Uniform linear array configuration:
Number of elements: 48
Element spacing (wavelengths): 0.5
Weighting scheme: hamming
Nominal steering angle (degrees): -60
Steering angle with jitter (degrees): -61.749
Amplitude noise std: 0.05
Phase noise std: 0.05

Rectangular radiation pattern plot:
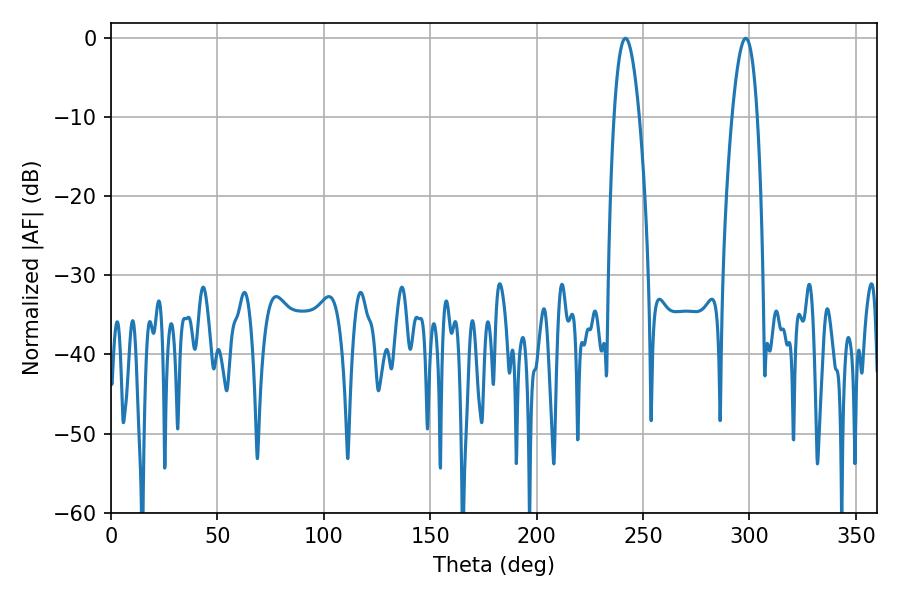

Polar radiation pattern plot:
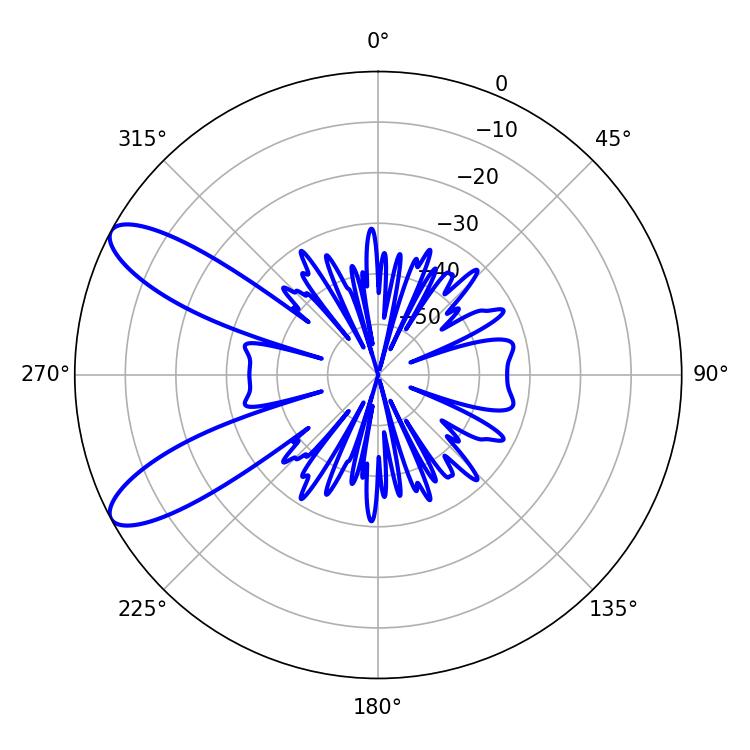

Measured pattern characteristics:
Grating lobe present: FALSE
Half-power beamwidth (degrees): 6.48
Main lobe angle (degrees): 241.74